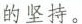
的坚持。